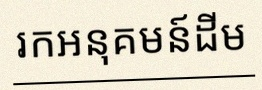
រកអនុគមន៍ដើម